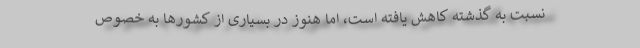
نسبت به گذشته کاهش یافته است، اما هنوز در بسیاری از کشورها به خصوص